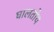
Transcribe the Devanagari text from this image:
घालतोय